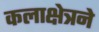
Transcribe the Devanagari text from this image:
कलाक्षेत्रने